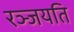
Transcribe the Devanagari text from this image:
रञ्जयति